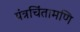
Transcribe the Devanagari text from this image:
यंत्रचिंतामणि